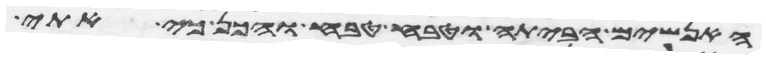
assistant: האנשים הביתה וטבח טבח והכן כי אתי